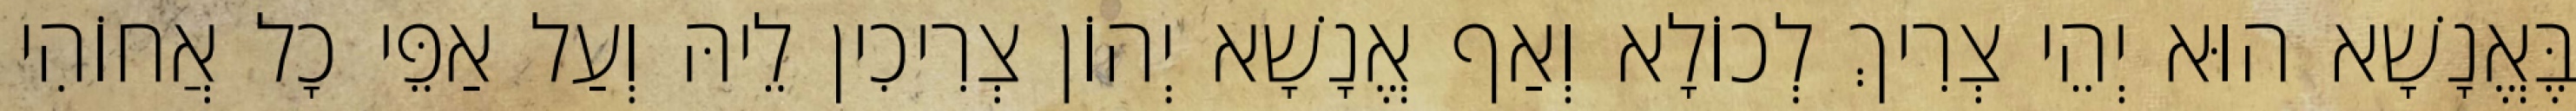
בֶּאֱנָשָׁא הוּא יְהֵי צְרִיךְ לְכוֹלָא וְאַף אֱנָשָׁא יְהוֹן צְרִיכִין לֵיהּ וְעַל אַפֵּי כָל אֲחוֹהִי